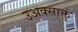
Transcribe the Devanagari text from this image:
उअक्साक्तुं